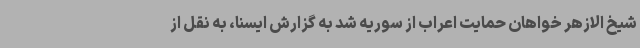
شیخ الازهر خواهان حمایت اعراب از سوریه شد به گزارش ایسنا، به نقل از